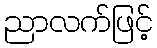
ညာလက်ဖြင့်